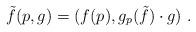
LaTeX: \begin{align*} \tilde{f}(p,g)=(f(p),g_p(\tilde{f})\cdot g) \ .\end{align*}